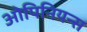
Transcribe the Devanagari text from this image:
ओपिनियन्स